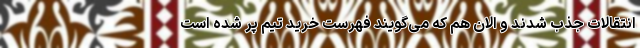
انتقالات جذب شدند و الان هم که می‌گویند فهرست خرید تیم پر شده است